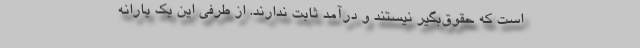
است که حقوق‌بگیر نیستند و درآمد ثابت ندارند. از طرفی این یک یارانه